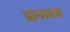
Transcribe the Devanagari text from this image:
प्रोनावस